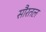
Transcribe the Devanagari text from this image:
सौरतल